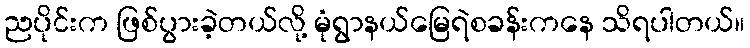
ညပိုင်းက ဖြစ်ပွားခဲ့တယ်လို့ မုံရွာနယ်မြေရဲစခန်းကနေ သိရပါတယ်။